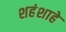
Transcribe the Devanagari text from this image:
शहंशाहे